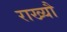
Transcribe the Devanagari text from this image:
राख्यौ